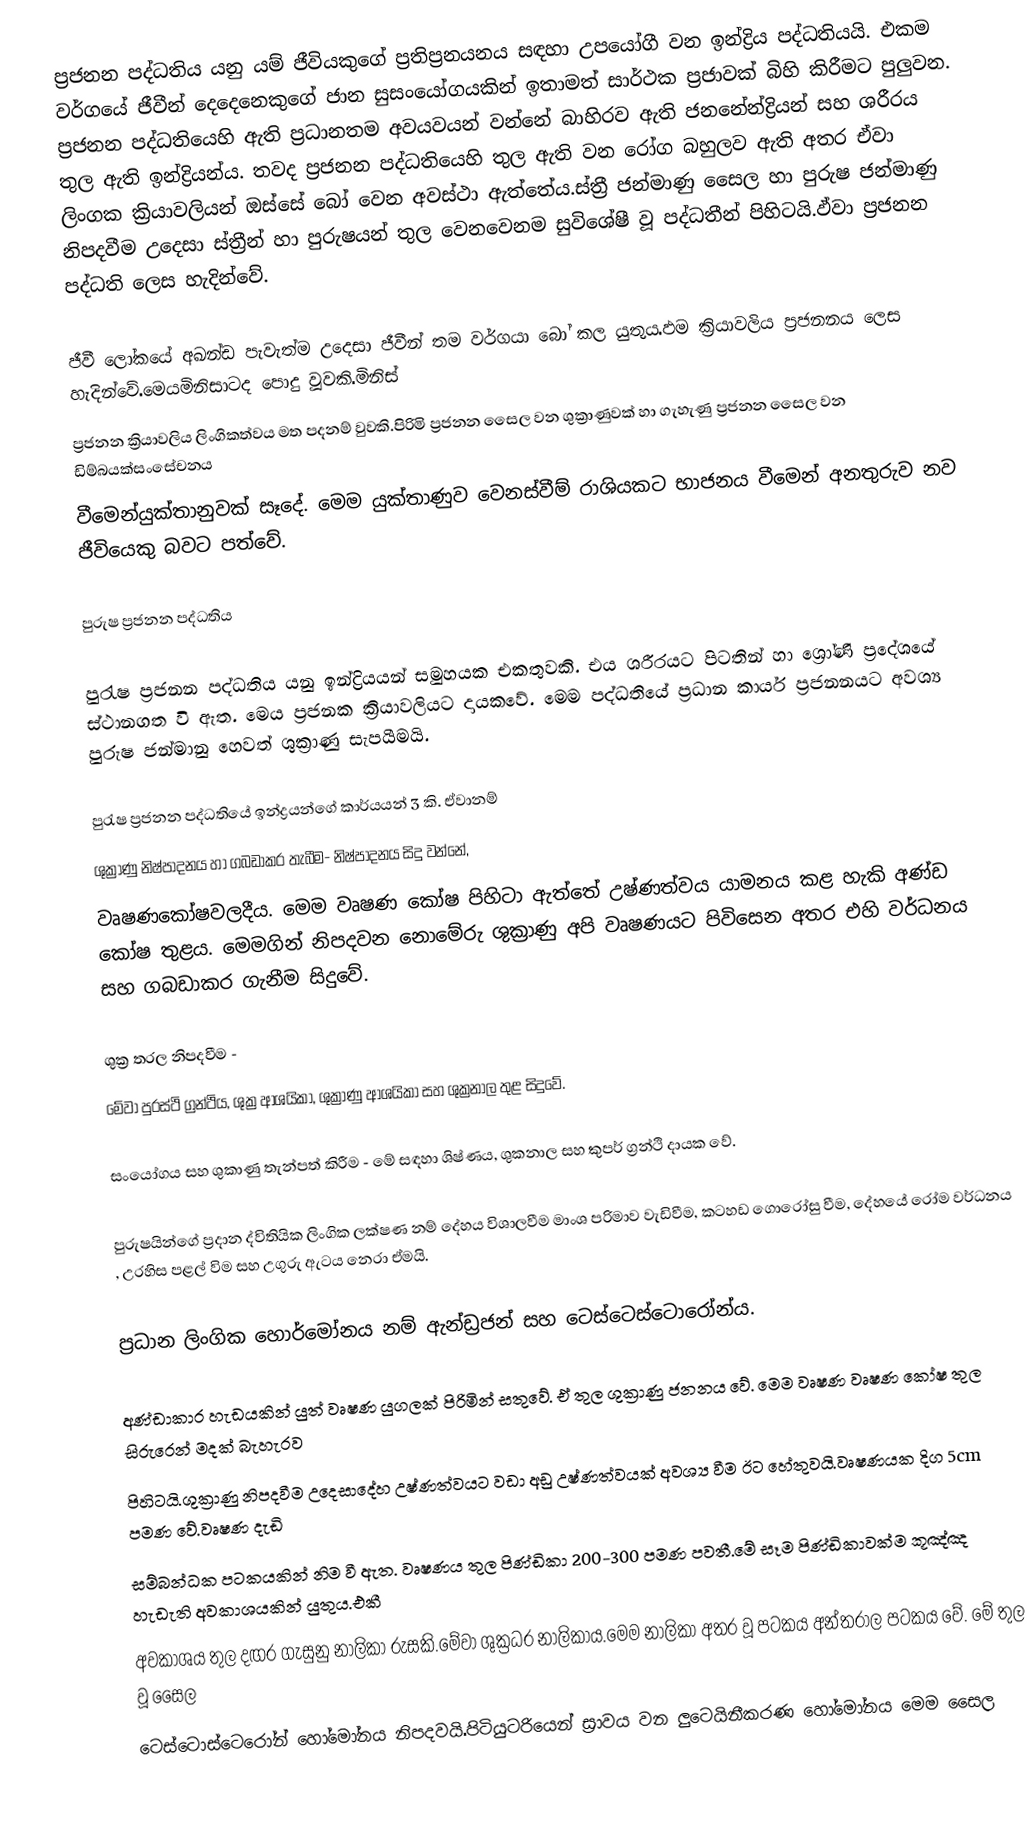
ප්‍රජනන පද්ධතිය යනු යම් ජීවියකුගේ ප්‍රතිප්‍රනයනය සඳහා උපයෝගී වන ඉන්ද්‍රිය පද්ධතියයි. එකම වර්ගයේ ජීවීන් දෙදෙනෙකුගේ ජාන සුසංයෝගයකින් ඉතාමත් සාර්ථක ප්‍රජාවක් බිහි කිරීමට පුලුවන. ප්‍රජනන පද්ධතියෙහි ඇති ප්‍රධානතම අවයවයන් වන්නේ බාහිරව ඇති ජනනේන්ද්‍රියන් සහ ශරීරය තුල ඇති ඉන්ද්‍රියන්ය. තවද ප්‍රජනන පද්ධතියෙහි තුල ඇති වන රෝග බහුලව ඇති අතර ඒවා ලිංගක ක්‍රියාවලියන් ඔස්සේ බෝ වෙන අවස්ථා ඇත්තේය.ස්ත්‍රී ජන්මාණු සෛල හා පුරුෂ ජන්මාණු නිපදවීම උදෙසා ස්ත්‍රීන් හා පුරුෂයන් තුල වෙනවෙනම සුවිශේෂී වූ පද්ධතීන් පිහිටයි.ඵ්වා ප්‍රජනන පද්ධති ලෙස හැදින්‍‍වේ.

ජීවී ලෝකයේ අඛන්ඩ පැවැත්ම උදෙසා ජීවීන් තම වර්ගයා බෝ කල යුතුය.ඵම ක්‍රියාවලිය ප්‍රජනනය ලෙස හැදින්වේ.මෙයමිනිසාටද පොදු වූවකි.මිනිස්
ප්‍රජනන ක්‍රියාවලිය ලිංගිකත්වය මත පදනම් වුවකි.පිරිමි ප්‍රජනන සෛල වන ශුක්‍රාණුවක් හා ගැහැණු ප්‍රජනන සෛල වන ඩිම්බයක්සංසේචනය
වීමෙන්යුක්තානුවක් සෑදේ. මෙම යුක්තාණුව වෙනස්වීම් රාශියකට භාජනය වීමෙන් අනතුරුව නව ජීවියෙකු බවට පත්වේ.

පුරුෂ ප්‍රජනන පද්ධතිය

පුරැෂ ප්‍රජනන පද්ධතිය යනු ඉන්ද්‍රියයන් සමුහයක එකතුවකි. එය ශරීරයට පිටතින් හා ශ්‍රෝණි ප්‍රදේශයේ ස්ථානගත වි ඇත. මෙය ප්‍රජනක ක්‍රියාවලියට දායකවේ. මෙම පද්ධතියේ ප්‍රධාන කාර්ය ප්‍රජනනයට අවශ්‍ය පුරුෂ ජන්මානු හෙවත් ශුක්‍රාණු සැපයීමයි.

පුරැෂ ප්‍රජනන පද්ධතියේ ඉන්ද්‍රයන්ගේ කාර්යයන් 3 කි. ඒවානම්
	ශුක්‍රාණු නිෂ්පාදනය හා ගබඩාකර තැබීම- නිෂ්පාදනය සිදු වන්නේ,
වෘෂණකෝෂවලදීය. මෙම වෘෂණ කෝෂ පිහිටා ඇත්තේ උෂ්ණත්වය යාමනය කළ හැකි අණ්ඩ කෝෂ තුළය. මෙමගින් නිපදවන නොමේරු ශුක්‍රාණු අපි වෘෂණයට පිවිසෙන අතර එහි වර්ධනය සහ ගබඩාකර ගැනීම සිදුවේ.

	ශුක්‍ර තරල නිපදවීම -
මේවා පුරස්ථි ග්‍රන්ථිය, ශුක්‍ර ආශයිකා, ශුක්‍රාණු ආශයිකා සහ ශුක්‍රනාල තුළ සිදුවේ.

	සංයෝගය සහ ශුකාණු තැන්පත් කිරීම - මේ සඳහා ශිෂ්ණය, ශුකනාල සහ කුපර් ග්‍රන්ථි දායක වේ.

පුරුෂයින්ගේ ප්‍රදාන ද්විතියික ලිංගික ලක්ෂණ නම් දේහය විශාලවීම මාංශ පරිමාව වැඩිවීම, කටහඩ ගොරෝසු වීම, දේහයේ රෝම වර්ධනය , උරහිස පළල් විම සහ උගුරු ඇටය නෙරා ඒමයි.

ප්‍රධාන ලිංගික හොර්මෝනය නම් ඇන්ඩ්‍රජන් සහ ටෙස්ටෙස්ටොරෝන්ය.

අණ්ඩාකාර හැඩයකින් යුත් වෘෂණ යුගලක් පිරිමින් සතුවේ. ඒ තුල ශුක්‍රාණු ජනනය වේ. මෙම වෘෂණ වෘෂණ කෝෂ තුල සිරුරෙන් මදක් බැහැරව
පිහිටයි.ශුක්‍රාණු නිපදවීම උදෙසාදේහ උෂ්ණත්වයට වඩා අඩු උෂ්ණත්වයක් අවශ්‍ය වීම ඊට හේතුවයි.වෘෂණයක දිග 5cm පමණ වේ.වෘෂණ දැඩි
සම්බන්ධක පටකයකින් නිම වී ඇත. වෘෂණය තුල පිණ්ඩිකා 200-300 පමණ පවතී.මේ සෑම පිණ්ඩිකාවක්ම කූඤ්ඤ හැඩැති අවකාශයකින් යුතුය.එකී
අවකාශය තුල දඟර ගැසුනු නාලිකා රුසකි.මේවා ශුක්‍රධර නාලිකාය.මෙම නාලිකා අතර වූ පටකය අන්තරාල පටකය වේ. මේ තුල වූ ‍සෛල
ටෙස්ටොස්ටෙරෝන් හෝමෝනය නිපදවයි.පිටියුටරියෙන් ස්‍රාවය වන ලුටෙයිනීකරණ හෝමෝනය මෙම සෛල